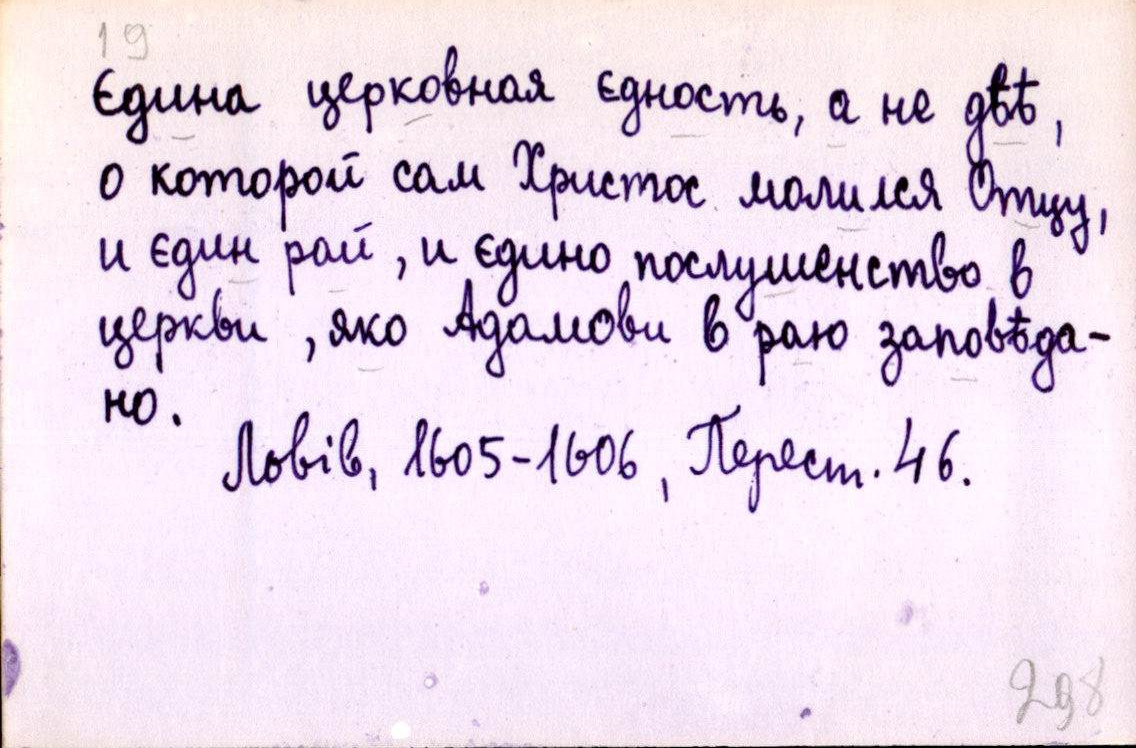
Єдина церковная єдность, а не двѣ,
о которой сам Христос молился Отцу,
и єдин рай, и єдино послушенство в
церкви, яко Адамови в раю заповѣда-
но.
Львів, 1605-1606, Перест. 46.